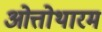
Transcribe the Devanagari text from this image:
ओत्तोथारम